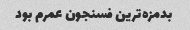
بدمزه‌ترین فسنجون عمرم بود